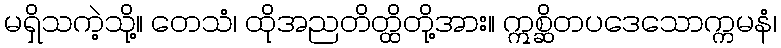
မရှိသကဲ့သို့။ တေသံ၊ ထိုအညတိတ္ထိတို့အား။ ဣစ္ဆိတပဒေသောက္ကမနံ၊